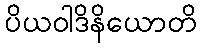
ပိယဝါဒိနိယောတိ